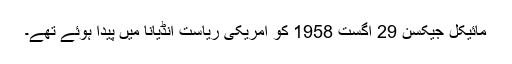
مائیکل جیکسن 29 اگست 1958 کو امریکی ریاست انڈیانا میں پیدا ہوئے تھے۔